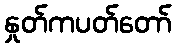
နှုတ်ကပတ်တော်